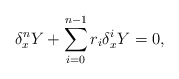
\begin{align*}\delta_x^nY+\sum_{i=0}^{n-1} r_i\delta_x^iY=0,\end{align*}